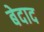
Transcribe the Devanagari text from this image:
बेदाद